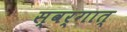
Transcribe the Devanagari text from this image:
स्वर्गात्